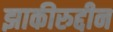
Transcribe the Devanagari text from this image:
झाकीरुद्दीन